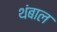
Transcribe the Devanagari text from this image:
थंबाल